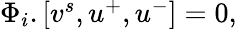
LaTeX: \begin{array}{r}{\Phi_{i}.[v^{s},u^{+},u^{-}]=0,}\end{array}